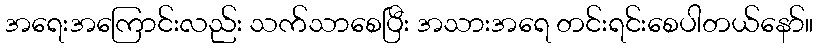
အရေးအကြောင်းလည်း သက်သာစေပြီး အသားအရေ တင်းရင်းစေပါတယ်နော်။